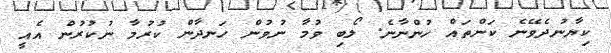
ކިޔާނުދެވޭނެ ކަންތައް ހުންނާނެ. ލޯބި ވުމާ ނުވުން ހަނދާން ކުރުމާ ނުކުރުން އެއީ